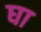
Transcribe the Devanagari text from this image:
घा